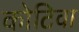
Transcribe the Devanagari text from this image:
कोटिवा